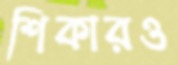
শিকারও